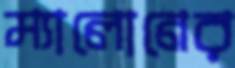
ম্যালোনের